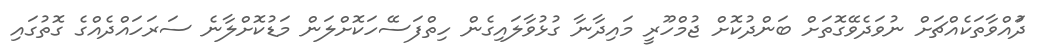
ދުައްވާތަކެއްޗަށް ނުވަދެވޭގޮތަށް ބަންދުކޮށް ޖުމްހޫރީ މައިދާނާ ގުޅުވާލައިގެން ހިތްފަސޭހަކޮށްލަން މަޑުކޮށްލާނެ ސަރަހަައްދެއްގެ ގޮތުގައި